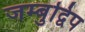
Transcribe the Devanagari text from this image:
जम्बुद्विप